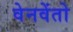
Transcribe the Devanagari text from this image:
वेनवेंतो